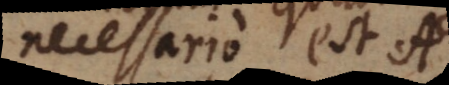
necessario est A.